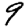
Digit: 9